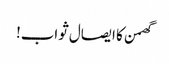
گھمن کا ایصال ثواب!